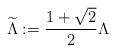
LaTeX: \begin{align*} \widetilde{\Lambda}:= \frac{1+\sqrt{2}}{2} \Lambda \end{align*}